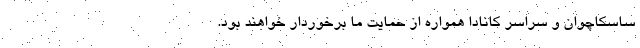
ساسکاچوان و سراسر کانادا همواره از حمایت ما برخوردار خواهند بود.